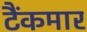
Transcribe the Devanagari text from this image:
टैंकमार